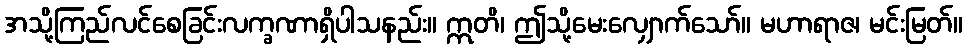
အသို့ကြည်လင်စေခြင်းလက္ခဏာရှိပါသနည်း။ ဣတိ၊ ဤသို့မေးလျှောက်သော်။ မဟာရာဇ၊ မင်းမြတ်။